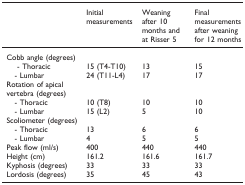
<table><thead><tr><td></td><td><b>Initial measurements</b></td><td><b>Weaning after 10 months and at Risser 5</b></td><td><b>Final measurements after weaning for 12 months</b></td></tr></thead><tbody><tr><td>Cobb angle (degrees)</td><td></td><td></td><td></td></tr><tr><td>- Thoracic</td><td>15 (T4-T10)</td><td>13</td><td>15</td></tr><tr><td>- Lumbar</td><td>24 (T11-L4)</td><td>17</td><td>17</td></tr><tr><td>Rotation of apical vertebra (degrees)</td><td></td><td></td><td></td></tr><tr><td>- Thoracic</td><td>10 (T8)</td><td>10</td><td>10</td></tr><tr><td>- Lumbar</td><td>15 (L2)</td><td>5</td><td>10</td></tr><tr><td>Scoliometer (degrees)</td><td></td><td></td><td></td></tr><tr><td>- Thoracic</td><td>13</td><td>6</td><td>6</td></tr><tr><td>- Lumbar</td><td>4</td><td>5</td><td>5</td></tr><tr><td>Peak flow (ml/s)</td><td>400</td><td>440</td><td>440</td></tr><tr><td>Height (cm)</td><td>161.2</td><td>161.6</td><td>161.7</td></tr><tr><td>Kyphosis (degrees)</td><td>33</td><td>33</td><td>33</td></tr><tr><td>Lordosis (degrees)</td><td>35</td><td>45</td><td>43</td></tr></tbody></table>